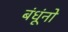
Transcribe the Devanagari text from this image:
बंधूंनो